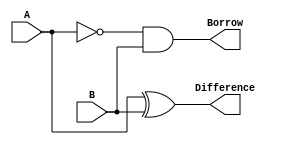
module Half_Subtractor( A, B, Difference, Borrow );

input A, B;
output  Difference, Borrow;
reg Difference, Borrow;

always @( A or B )
  begin
       Difference = A ^ B;
       Borrow = (~A)&(B);
  end 
  
endmodule

module Full_Adder_HS( A, B, C, Sum, Carry);

input A, B, C;
output Sum, Carry;
wire w1, w2, w3, w4, w5;

not bf1(w4,A);
not bf4(Sum,w5);

Half_Subtractor hs1(.A(w4), .B(B), .Difference(w1), .Borrow(w2));
Half_Subtractor hs2(.A(w1), .B(C), .Difference(w5), .Borrow(w3));

or or1(Carry,w3,w2);

endmodule